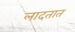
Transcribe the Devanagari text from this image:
लादतात